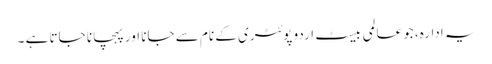
یہ ادارہ، جو عالمی بیسٹ اردو پوئٹری کے نام سے جانا اور پہچانا جاتا ہے ۔